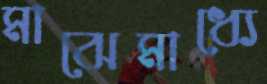
মাঝেমাধ্যে